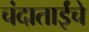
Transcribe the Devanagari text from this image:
चंदाताईंचे